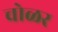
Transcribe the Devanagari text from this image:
चोळर